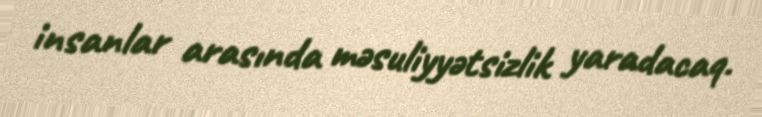
insanlar arasında məsuliyyətsizlik yaradacaq.